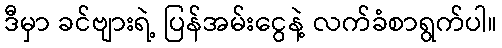
ဒီမှာ ခင်ဗျားရဲ့ ပြန်အမ်းငွေနဲ့ လက်ခံစာရွက်ပါ။